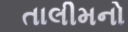
તાલીમનો